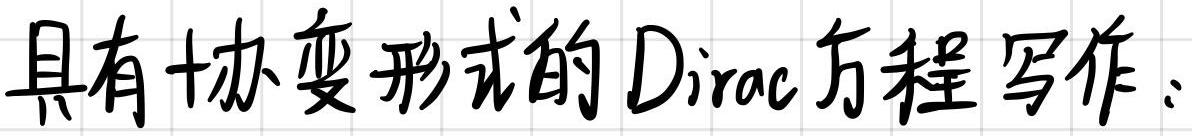
具有协变形式的 Dirac 方程写作：